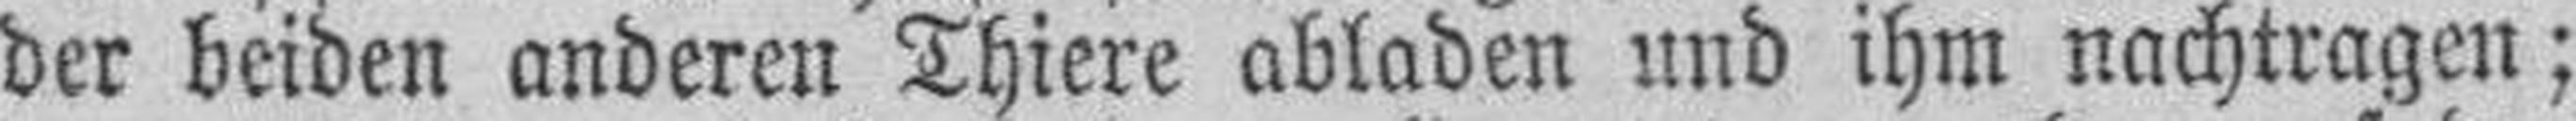
der beiden anderen Thiere abladen und ihm nachtragen;